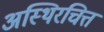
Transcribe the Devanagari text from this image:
अस्थिरचित्त